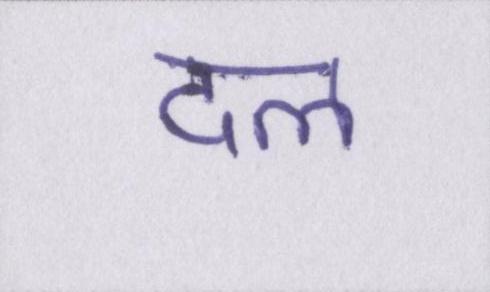
दल